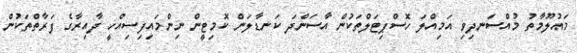
މައުލޫމާތު މުއްސަނދިވި އަމިއްލަ ހޮސްޕިޓަލްތަކުން އާސަންދަ ކަނޑާލަން ކޮމިޓީން ނިންމައިފިސިއްހީ ދާއިރާގެ ފަރާތްތަކުން